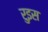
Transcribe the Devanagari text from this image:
रुइस